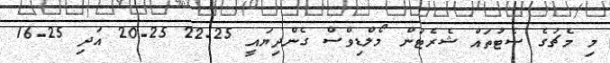
މި މެޗުގެ ސެޓުތައް ޝެރެޓަން މޯލްޑިވްސް ގެންދިޔައީ 25-22 25-20 އަދި 25-16